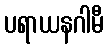
ပရာယနဂါမီ